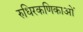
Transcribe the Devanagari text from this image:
रुधिरकणिकाओं